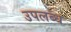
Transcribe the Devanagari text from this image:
उपलब्ध